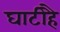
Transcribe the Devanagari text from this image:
घाटीहै